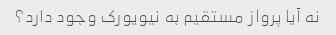
نه آیا پرواز مستقیم به نیویورک وجود دارد؟